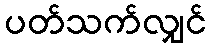
ပတ်သက်လျှင်